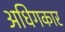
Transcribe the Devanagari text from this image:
अधिगकार